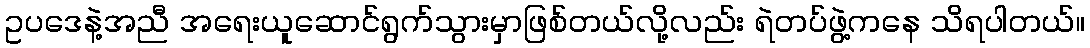
ဥပဒေနဲ့အညီ အရေးယူဆောင်ရွက်သွားမှာဖြစ်တယ်လို့လည်း ရဲတပ်ဖွဲ့ကနေ သိရပါတယ်။